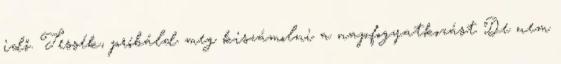
idő. Tessék, próbáld meg kiszámolni a napfogyatkozást De nem